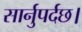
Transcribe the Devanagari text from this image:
सार्नुपर्दछ।